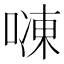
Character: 𱓾